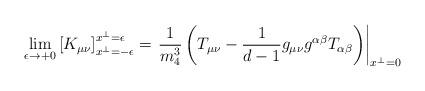
LaTeX: \begin{align*}\lim_{\epsilon\to +0}\left[K_{\mu\nu}\right]_{x^\perp =-\epsilon}^{x^\perp =\epsilon}=\left.\frac{1}{m_4^3}\left(T_{\mu\nu}-\frac{1}{d-1}g_{\mu\nu}g^{\alpha\beta}T_{\alpha\beta}\right)\right|_{x^\perp =0}\end{align*}